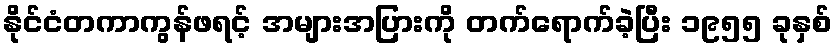
နိုင်ငံတကာကွန်ဖရင့် အများအပြားကို တက်ရောက်ခဲ့ပြီး ၁၉၅၅ ခုနှစ်